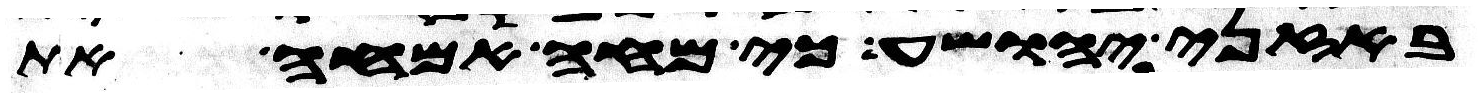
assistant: באזני יהושע כי מחה אמחה את